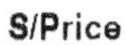
S/PRICE